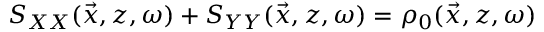
S _ { X X } ( \vec { x } , z , \omega ) + S _ { Y Y } ( \vec { x } , z , \omega ) = \rho _ { 0 } ( \vec { x } , z , \omega )